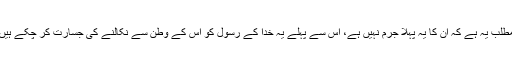
مطلب یہ ہے کہ اِن کا یہ پہلا جرم نہیں ہے، اِس سے پہلے یہ خدا کے رسول کو اُس کے وطن سے نکالنے کی جسارت کر چکے ہیں۔